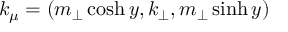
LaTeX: k _ { \mu } = ( m _ { \perp } \cosh y , k _ { \perp } , m _ { \perp } \sinh y )